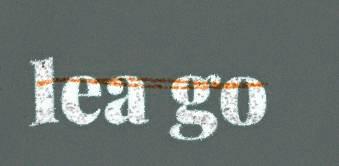
lea go